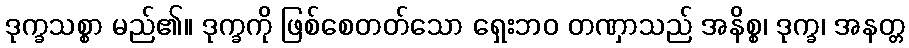
ဒုက္ခသစ္စာ မည်၏။ ဒုက္ခကို ဖြစ်စေတတ်သော ရှေးဘဝ တဏှာသည် အနိစ္စ၊ ဒုက္ခ၊ အနတ္တ